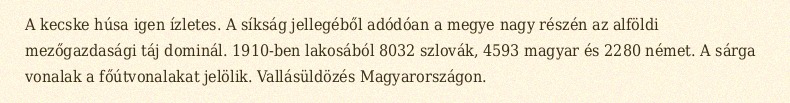
A kecske húsa igen ízletes. A síkság jellegéből adódóan a megye nagy részén az alföldi mezőgazdasági táj dominál. 1910-ben lakosából 8032 szlovák, 4593 magyar és 2280 német. A sárga vonalak a főútvonalakat jelölik. Vallásüldözés Magyarországon.